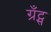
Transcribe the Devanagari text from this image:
ग्रँट्स